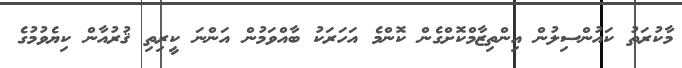
މާކުރަތު ކައުންސިލުން އިންތިޒާމްކޮށްގެން ކޮންމެ އަހަރަކު ބާއްވަމުން އަންނަ ކީރިތި ޤުރުއާން ކިޔެވުމުގެ